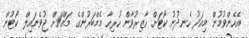
އެހެންވުމުން މިއަދު ހެނދުނު ކޯޓަށް ހާޒިރުވާން ހުރިހާ މެމްބަރުންގެ މައްޗަށް ޖުވެނައިލް ކޯޓުން